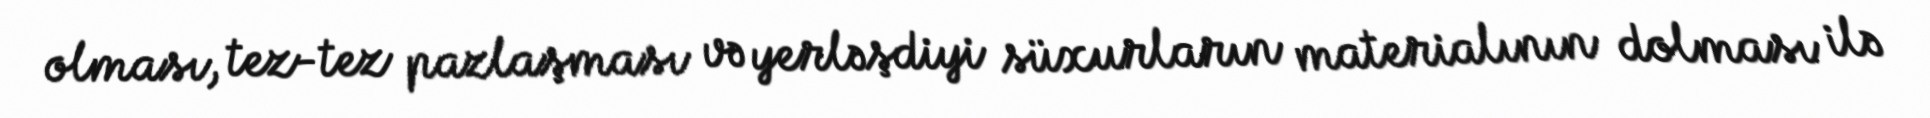
olması, tez-tez pazlaşması və yerləşdiyi süxurların materialının dolması ilə